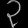
Digit: ၃